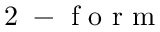
\mathrm { ~ 2 ~ - ~ f ~ o ~ r ~ m ~ }